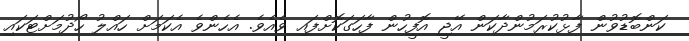
ކަންބޮޑުވުން ފާޅުކުރަމުންދާކަން އޭޖީ އޮފީހުން ފާހަގަކޮށްފައި ވެއެވެ. އެހެންވެ އެކަމަށް ހައްލު ހޯދުމަށްޓަކައި